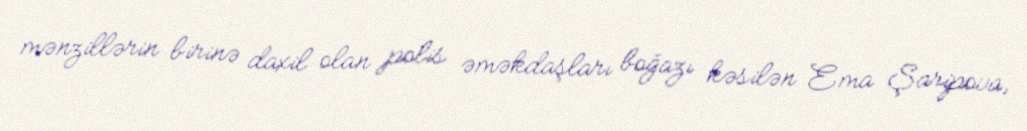
mənzillərin birinə daxil olan polis əməkdaşları boğazı kəsilən Ema Şaripova,